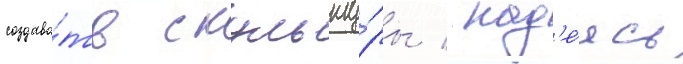
создава́ть скульпту́ры / над'е́ясь